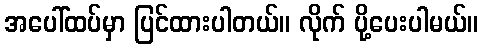
အပေါ်ထပ်မှာ ပြင်ထားပါတယ်။ လိုက် ပို့ပေးပါမယ်။